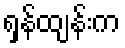
ရှန်ထျန်းက